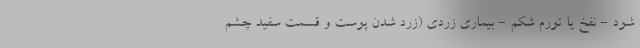
شود - نفخ یا تورم شکم - بیماری زردی (زرد شدن پوست و قسمت سفید چشم